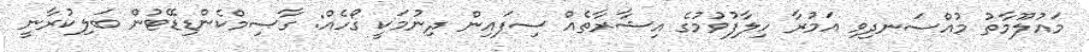
މައުލޫމާތު މުއްސަނދިވި އަމުރާ ހިލާފުވުމުގެ އިޝާރާތެއް ސިފައިން ދިނުމަކީ ގޯހެއް: ގާސިމްކެންޑިޑޭޓުން ބަލިކުރާނީ